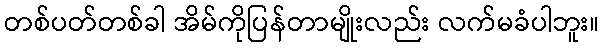
တစ်ပတ်တစ်ခါ အိမ်ကိုပြန်တာမျိုးလည်း လက်မခံပါဘူး။